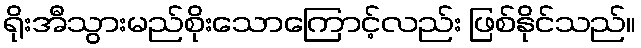
ရိုးအီသွားမည်စိုးသောကြောင့်လည်း ဖြစ်နိုင်သည်။